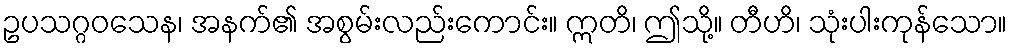
ဥပသဂ္ဂဝသေန၊ အနက်၏ အစွမ်းလည်းကောင်း။ ဣတိ၊ ဤသို့။ တီဟိ၊ သုံးပါးကုန်သော။